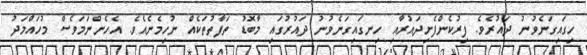
ހިގައިގަނެވުނު ދައުރެވެ. ފިރުކެންފެށިދައުރާއި ހިނގައިގަނެވުނު ދައުރުގައި މާބޮޑު ތަފާތުތަކެއް ނުހިމެނެއެވެ. އެހެންނަމަވެސް މުހައްމަދު